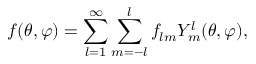
f ( \theta , \varphi ) = \sum _ { l = 1 } ^ { \infty } \sum _ { m = - l } ^ { l } f _ { l m } Y _ { m } ^ { l } ( \theta , \varphi ) ,